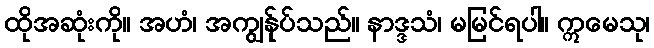
ထိုအဆုံးကို။ အဟံ၊ အကျွန်ုပ်သည်။ နာဒ္ဒသံ၊ မမြင်ရပါ။ ဣမေသု၊